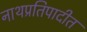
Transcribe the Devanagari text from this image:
नाथप्रतिपादीत